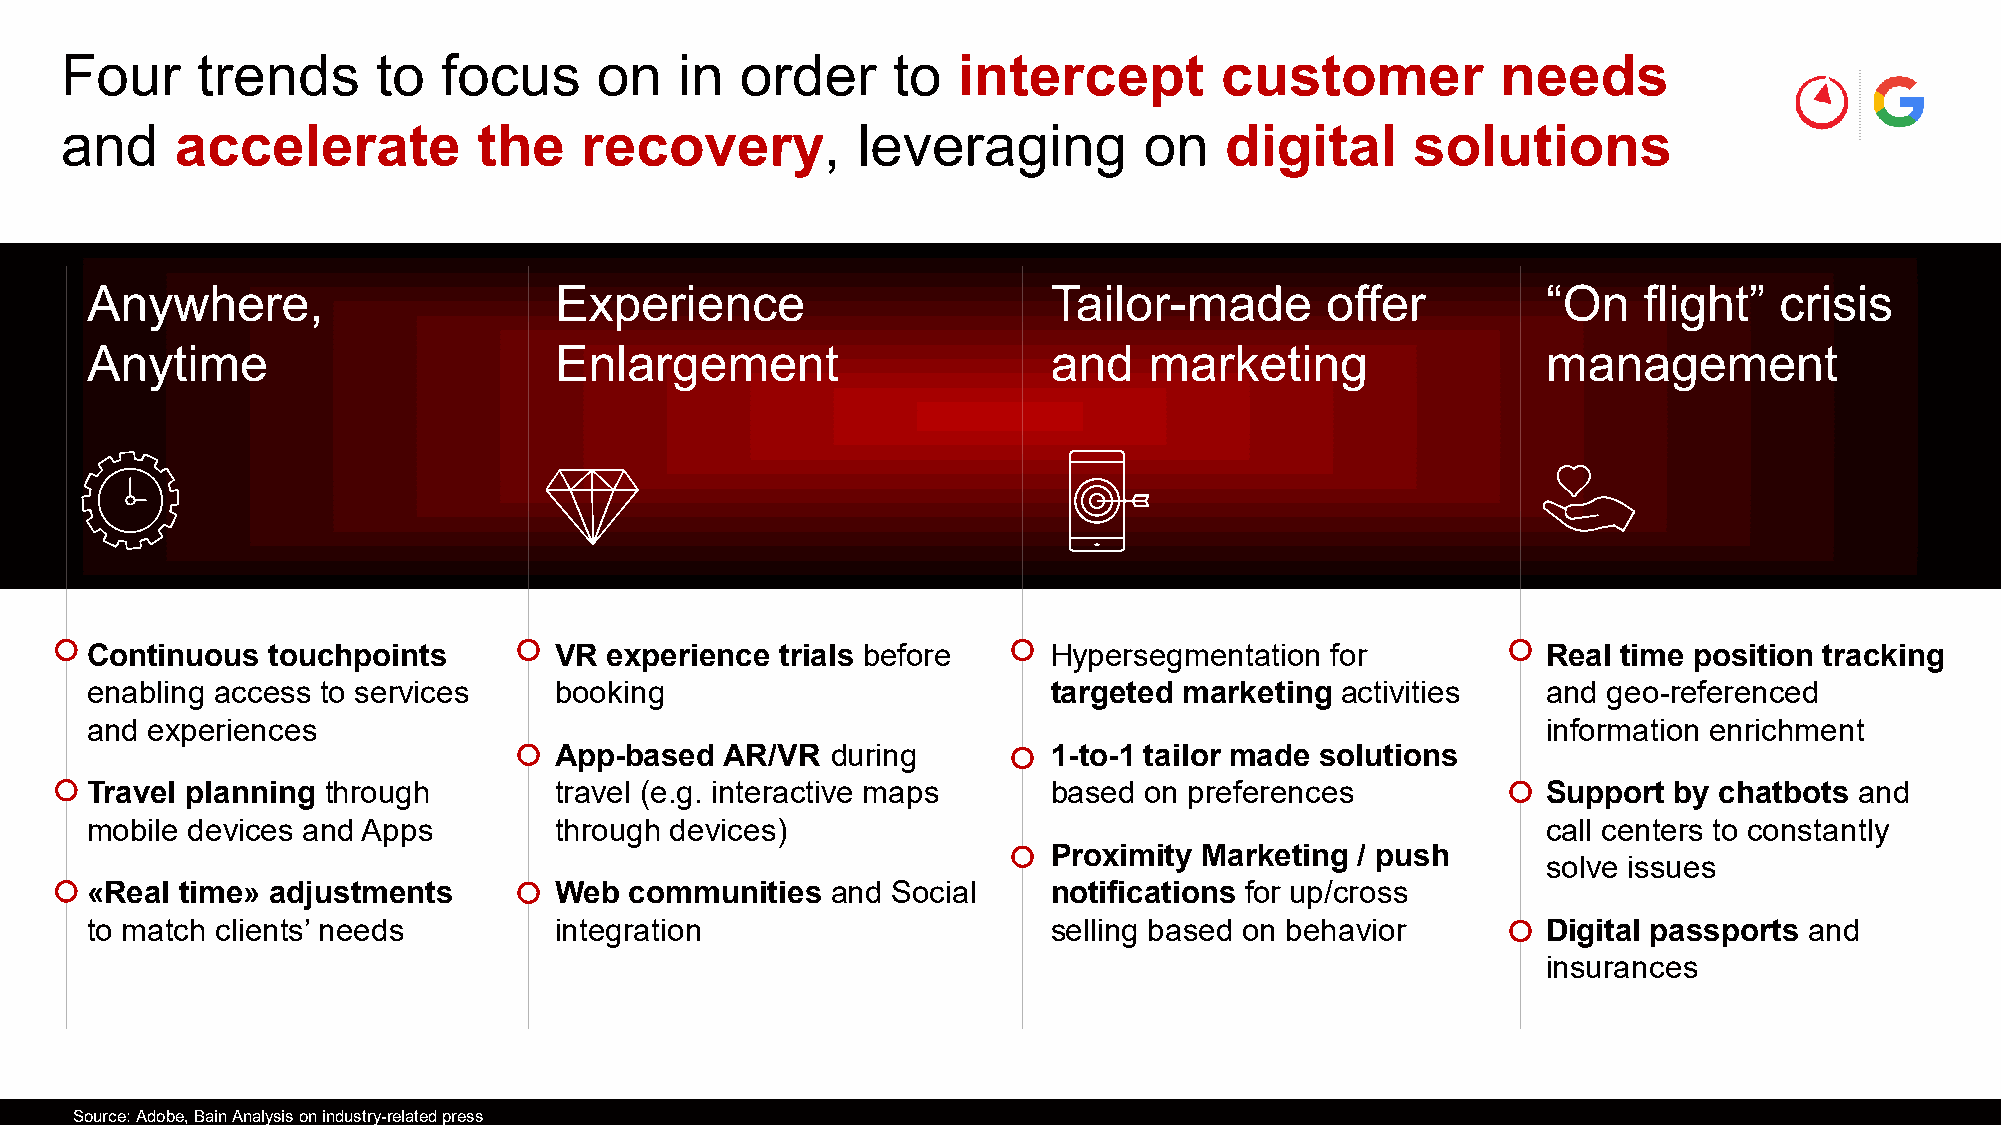
Four     trends      to  focus      on   in  order     to  intercept         customer          needs
 and     accelerate          the   recovery,          leveraging         on   digital      solutions
 Anywhere,                      Experience                       Tailor-made       offer         “On    flight”  crisis
 Anytime                        Enlargement                      and   marketing                 management
 Continuous  touchpoints        VR experience  trials before     Hypersegmentation for           Real time position tracking
 enabling access to services    booking                          targeted marketing activities   and geo-referenced
 and experiences                                                                                 information enrichment
 App-based  AR/VR  during         1-to-1 tailor made solutions
 Travel planning through        travel (e.g. interactive maps    based on preferences            Support  by chatbots and
 mobile devices and Apps        through devices)                                                 call centers to constantly
 Proximity Marketing / push
 solve issues
 «Real time» adjustments        Web  communities  and Social     notifications for up/cross
 to match clients’ needs        integration                      selling based on behavior       Digital passports and
 insurances
 Source: Adobe, Bain Analysis on industry-related press